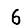
Digit: 6